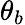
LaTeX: \theta_{b}